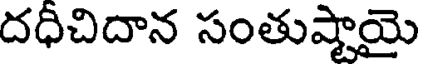
దధీచిదాన సంతుష్టాయై